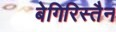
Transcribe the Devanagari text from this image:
बेगिरिस्तैन